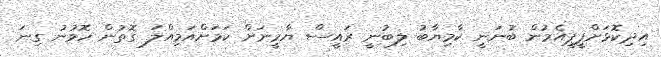
އިދިކޮޅަށްޕީޕީއެމުން ބުނަނީ ކާމިޔާބު ލިބުނީ ރައީސް ޔާމީނަށް ކަމަށްއަމިއްލަ ގޮތުން ހޮވުނު ގިނަ